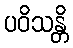
ပဝိသန္တိ